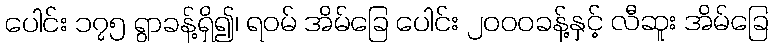
ပေါင်း ၁၇၅ ရွာခန့်ရှိ၍၊ ရဝမ် အိမ်ခြေ ပေါင်း ၂၀၀၀ခန့်နှင့် လီဆူး အိမ်ခြေ